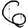
Digit: 6